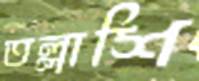
তল্লাশি